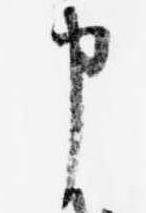
申